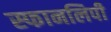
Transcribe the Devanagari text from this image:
स्फानलिपी